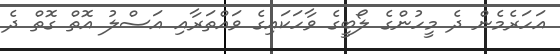
އަހަރެމެން ދެ މީހުންގެ ލޯބީގެ ވާހަކައިގެ ވައްތަރާއި އަސްލު އޮތް ގޮތް ދެ